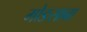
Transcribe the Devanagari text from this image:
मोङसाबा